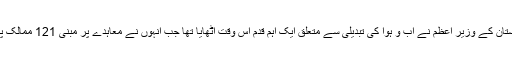
صدر میکرون کے پیشرو فرینکوا ہولاندےاور ہندوستان کے وزیر اعظم نے آب و ہوا کی تبدیلی سے متعلق ایک اہم قدم اس وقت اٹھایا تھا جب انہوں نے معاہدے پر مبنی 121 ممالک پر مشتمل ایک بین الاقوامی شمسی اتحاد قائم کیا تھا ۔